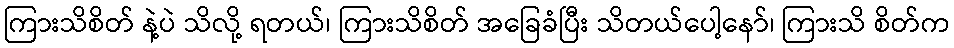
ကြားသိစိတ် နဲ့ပဲ သိလို့ ရတယ်၊ ကြားသိစိတ် အခြေခံပြီး သိတယ်ပေါ့နော်၊ ကြားသိ စိတ်က